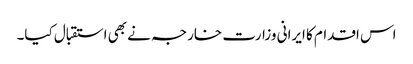
اس اقدام کا ایرانی وزارت خارجہ نے بھی استقبال کیا۔